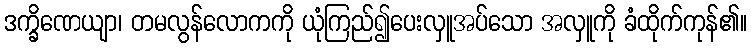
ဒက္ခိဏေယျာ၊ တမလွန်လောကကို ယုံကြည်၍ပေးလှူအပ်သော အလှူကို ခံထိုက်ကုန်၏။